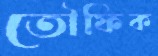
তৌফিক